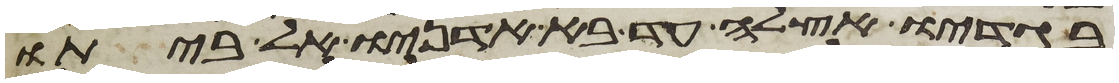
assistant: בגדיו אצלה עד בא אדניו אל ביתו